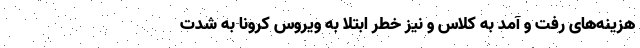
هزینه‌های رفت و آمد به کلاس و نیز خطر ابتلا به ویروس کرونا به شدت